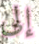
إلى